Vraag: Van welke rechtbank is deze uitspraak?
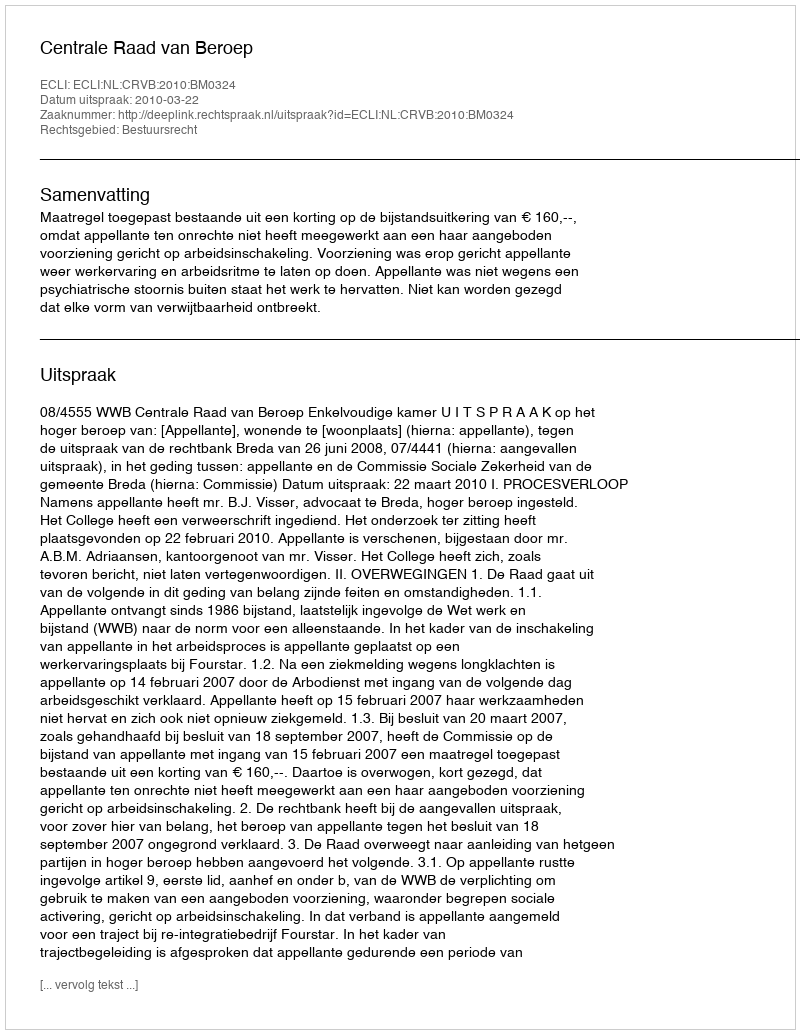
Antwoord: Centrale Raad van Beroep